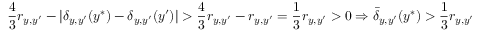
\frac { 4 } { 3 } r _ { y , y ^ { \prime } } - | \delta _ { y , y ^ { \prime } } ( y ^ { * } ) - \delta _ { y , y ^ { \prime } } ( y ^ { \prime } ) | > \frac { 4 } { 3 } r _ { y , y ^ { \prime } } - r _ { y , y ^ { \prime } } = \frac { 1 } { 3 } r _ { y , y ^ { \prime } } > 0 \Rightarrow \bar { \delta } _ { y , y ^ { \prime } } ( y ^ { * } ) > \frac { 1 } { 3 } r _ { y , y ^ { \prime } }